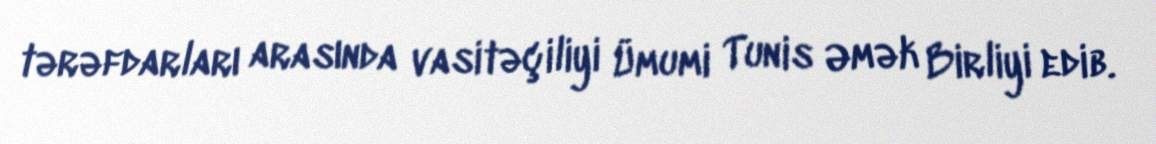
tərəfdarları arasında vasitəçiliyi Ümumi Tunis Əmək Birliyi edib.